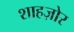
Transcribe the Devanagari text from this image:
शाहज़ोर